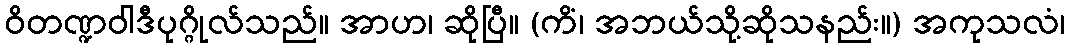
ဝိတဏ္ဍဝါဒီပုဂ္ဂိုလ်သည်။ အာဟ၊ ဆိုပြီ။ (ကိံ၊ အဘယ်သို့ဆိုသနည်း။) အကုသလံ၊